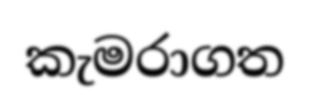
කැමරාගත